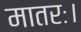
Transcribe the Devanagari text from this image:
मातरः।